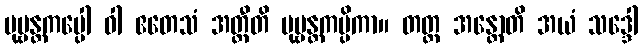
ပုဗ္ဗန္တကပ္ပေါ ဝါ ဧတေသံ အတ္ထီတိ ပုဗ္ဗန္တကပ္ပိကာ။ တတ္ထ အန္တောတိ အယံ သဒ္ဒေါ